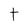
Character: t